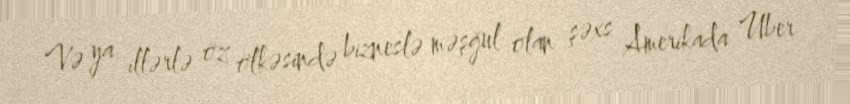
Və ya illərlə öz ölkəsində bizneslə məşğul olan şəxs Amerikada Uber